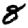
Digit: 8